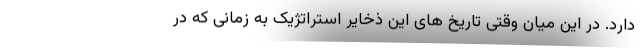
دارد. در این میان وقتی تاریخ های این ذخایر استراتژیک به زمانی که در